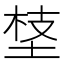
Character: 𡍁